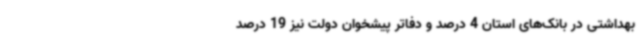
بهداشتی در بانک‌های استان 4 درصد و دفاتر پیشخوان دولت نیز 19 درصد